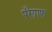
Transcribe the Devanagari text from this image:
पॅरेग्राफ